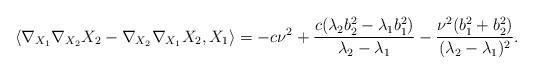
LaTeX: \begin{align*} \langle\nabla_{X_{1}}\nabla_{X_{2}}X_{2}-\nabla_{X_{2}}\nabla_{X_{1}}X_{2},X_{1}\rangle =-c\nu^{2}+\displaystyle\frac{c(\lambda_{2}b_{2}^{2}-\lambda_{1}b_{1}^{2})}{\lambda_{2}-\lambda_{1}} -\displaystyle\frac{\nu^{2}(b_{1}^{2}+b_{2}^{2})}{(\lambda_{2}-\lambda_{1})^{2}}.\end{align*}